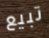
تبيع